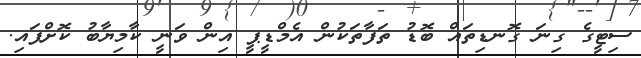
ސިޓީގެ ގިނަ ގޮނޑިތައް ބޮޑު ތަފާތަކުން އެމްޑީޕީ އިން ވަނީ ކާމިޔާބު ކޮށްފައި.